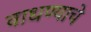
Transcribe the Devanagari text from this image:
वाधण्याचे